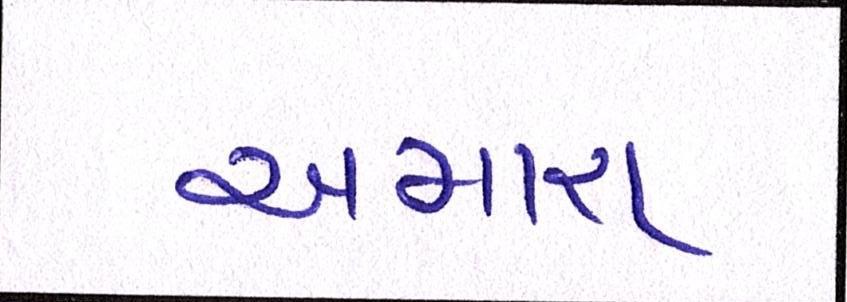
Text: અમારા